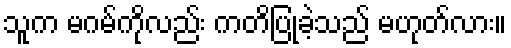
သူက မဂမ်ကိုလည်း ကတိပြုခဲ့သည် မဟုတ်လား။